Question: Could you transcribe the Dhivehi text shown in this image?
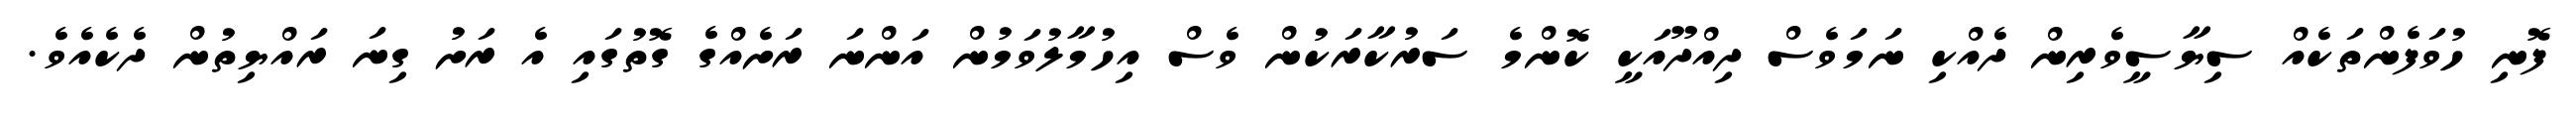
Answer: ފޮނި ހުވަފެންތަކެއް ސިޔާސީވެރިން ދެއްކި ނަމަވެސް ދިއްދޫއަކީ ކޮންމެ ސަރުކާރަކުން ވެސް އިހުމާލުވަމުން އަންނަ ރަށެއްގެ ގޮތުގައި އެ ރަށު ގިނަ ރައްޔިތުން ދެކެއެވެ.